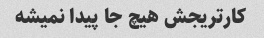
کارتریجش هیچ جا پیدا نمیشه